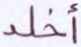
أخلد